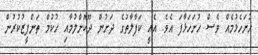
ހުށަހެޅުމެއް ވެސް ހުށަހަޅާފަ އެވެ. އެއީ ކަފާލާތުގެ ދަށުން ދޫކޮށްލުމާއި ހުކުމް ތަންފީޒުކުުރުން